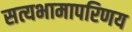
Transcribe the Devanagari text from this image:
सत्यभामापरिणय